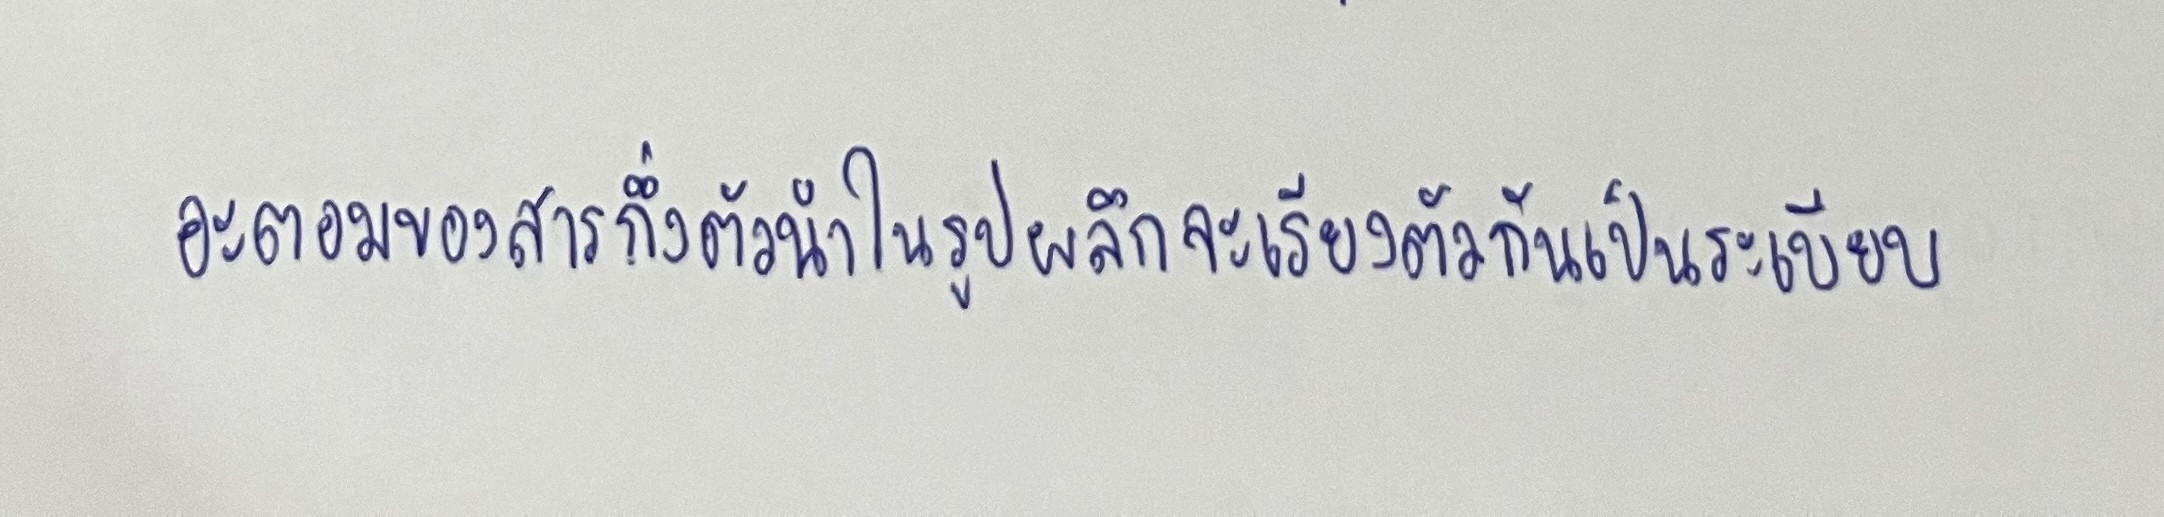
อะตอมของสารกึ่งตัวนำในรูปผลึกจะเรียงตัวกันเป็นระเบียบ